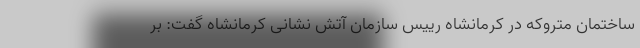
ساختمان متروکه در کرمانشاه رییس سازمان آتش نشانی کرمانشاه گفت: بر